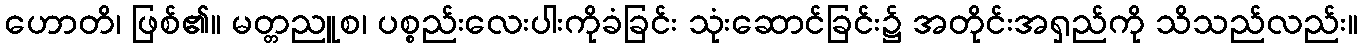
ဟောတိ၊ ဖြစ်၏။ မတ္တညူစ၊ ပစ္စည်းလေးပါးကိုခံခြင်း သုံးဆောင်ခြင်း၌ အတိုင်းအရှည်ကို သိသည်လည်း။